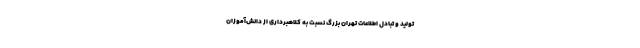
تولید و تبادل اطلاعات تهران بزرگ نسبت به کلاهبرداری از دانش‌آموزان